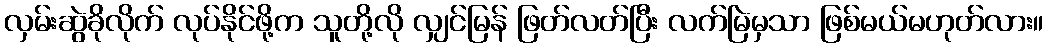
လှမ်းဆွဲခိုလိုက် လုပ်နိုင်ဖို့က သူတို့လို လျှင်မြန် ဖြတ်လတ်ပြီး လက်မြဲမှသာ ဖြစ်မယ်မဟုတ်လား။